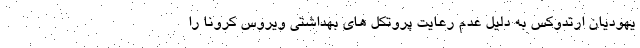
یهودیان ارتدوکس به دلیل عدم رعایت پروتکل های بهداشتی ویروس کرونا را